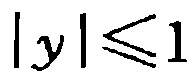
\(|y|\leq1\)